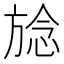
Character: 𪯺